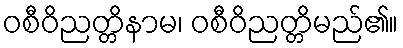
ဝစီဝိညတ္တိနာမ၊ ဝစီဝိညတ္တိမည်၏။